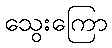
သွေးကြော